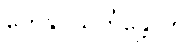
တေနုပသင်္ကန္တောတိ